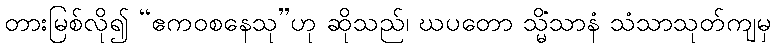
တားမြစ်လို၍ “ဧကဝစနေသု”ဟု ဆိုသည်၊ ဃပတော သ္မိံသာနံ သံသာသုတ်ကျမှ